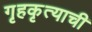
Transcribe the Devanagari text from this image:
गृहकृत्याची